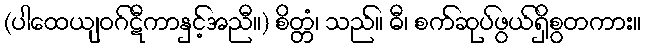
(ပါထေယျဝဂ်ဋီကာနှင့်အညီ။) စိတ္တံ၊ သည်။ ဓီ၊ စက်ဆုပ်ဖွယ်ရှိစွတကား။